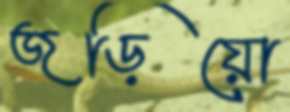
জড়িয়ো